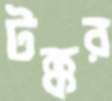
টক্কর